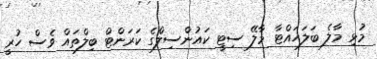
މުޅި މާލެ ބަލަހައްޓާ މާލޭ ސިޓީ ކައުންސިލްގެ ކަރަންޓް ބިލްތައް ވެސް ހުރީ